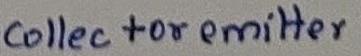
Text: collector emitter